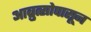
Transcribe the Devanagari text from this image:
आब्रुत्सोपासून